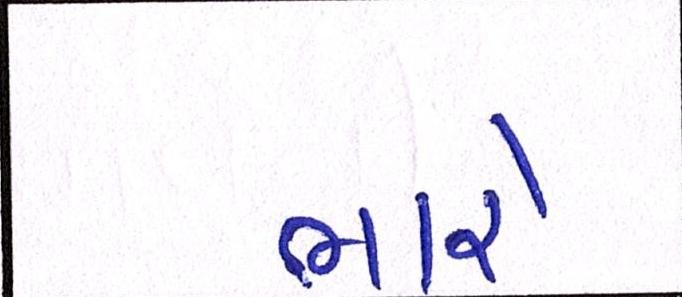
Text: ભારે